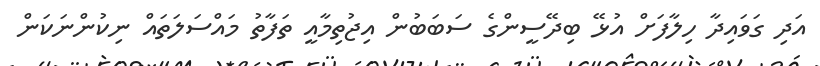
އަދި ގަވައިދާ ހިލާފަށް އުޅޭ ބިދޭސީންގެ ސަބަބުން އިޖުތިމާއީ ތަފާތު މައްސަލަތައް ނިކުންނަކަން